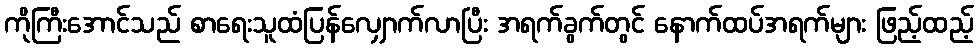
ကိုကြီးအောင်သည် စာရေးသူထံပြန်လျှောက်လာပြီး အရက်ခွက်တွင် နောက်ထပ်အရက်များ ဖြည့်ထည့်